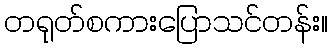
တရုတ်စကားပြောသင်တန်း။